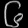
Digit: ၆